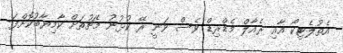
އެތުލެޓިކޯ އާއި ރެއާލް މެޑްރިޑް ވެސް ވަނީ ރޭ ކުޅުނު މެޗުތަށް ކާމިޔާބުކޮށްފަ